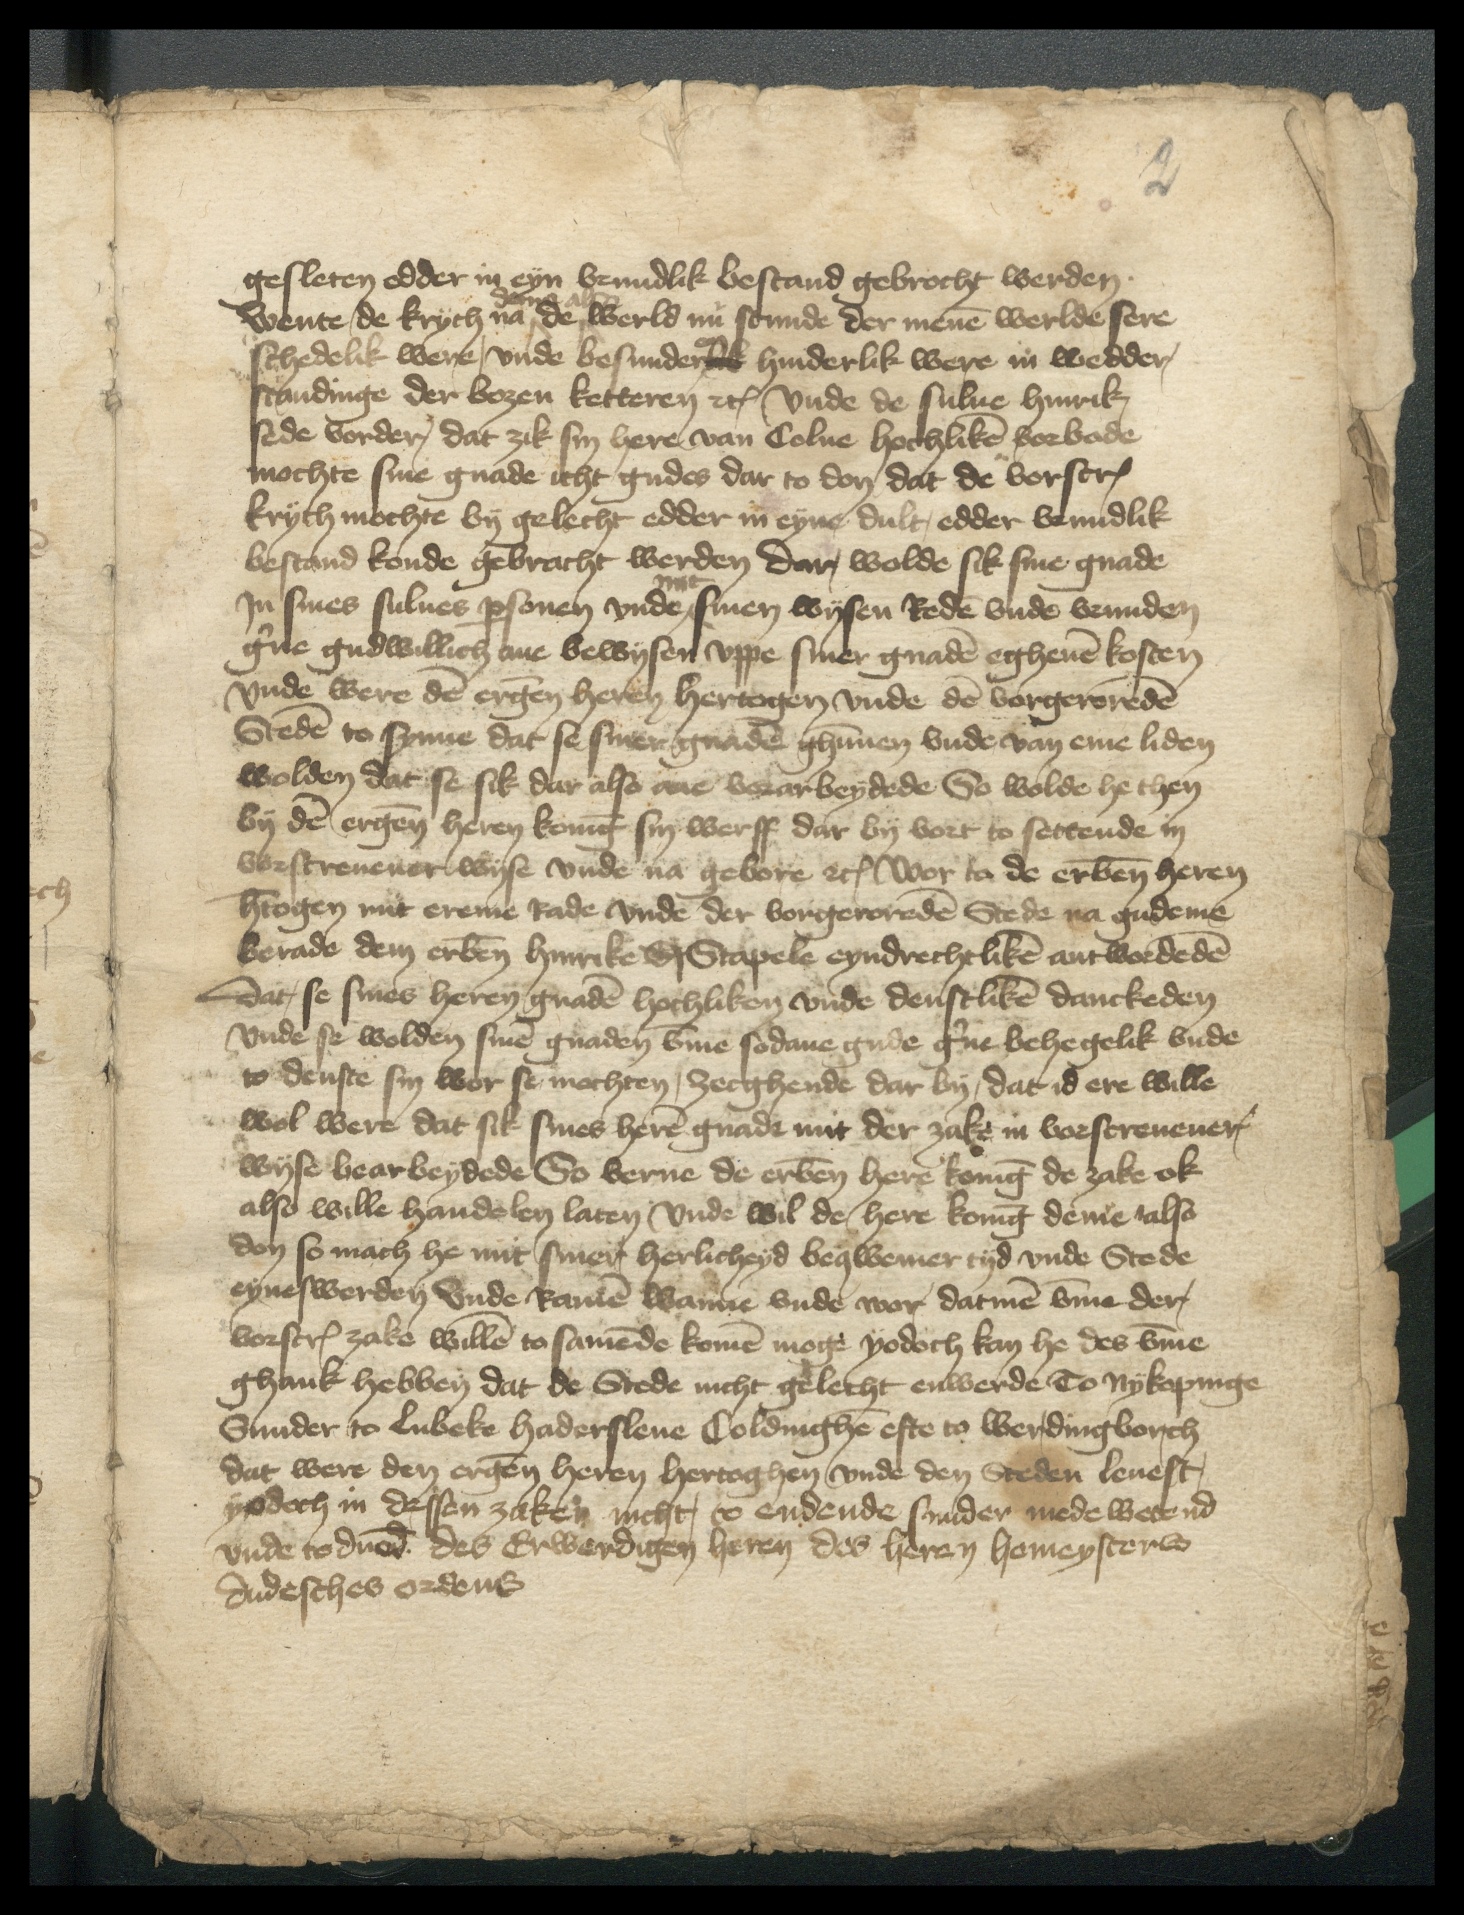
gesleten odder in eyn vrundlik bestand gebrocht werden.
deme also
Wente de krych na ^ de werld nu stunde der menen werlde sere
schedelik were, vnde besunderlik hinderlik were in wedder,
standinge der bozen ketteren etc Vnde de sulue Hinrik
sede vorder, dat zik sin here van Colne hochliken vorbade
mochte sine gnade icht gudes dar to don dat de vorscreuen
krych mochte by gelecht edder in eyne dult, edder bemidlik
bestand konde gebracht werden dar, wolde sik sine gnade
mit
In sines sulues personen vnde ^ sinen wysen Reden vnde vrunden
gerne gudwillich ane bewysen vppe siner gnaden eghenen kosten
Vnde were den ergenomeden heren Hertogen vnde den vorgeroreden
Steden to synne dat se siner gnaden ghunnen vnde van eme liden
wolden dat se sik dar also ane vorarbeydede So wolde he then
by den ergenomeden heren koning sin werff dar by vort to settende in
vorscreuener wyse vnde na gebore etc Wor ia de erbenomede heren
Hertogen mit ereme Rade vnde der vorgeroreden Stede na gudeme
berade dem erbenomeden Hinrike St Stapele eyndrechtliken antwordeden
dat, se sines heren gnaden hochliken vnde denstliken danckeden
vnde se wolden sinen gnaden vmme sodane gude gerne behegelik vnde
to denste sin wor se mochten, Zecghende dar by, dat id ere wille
wol were dat sik sines heren gnade mit der zake in vorscreuener
wyse bearbeydede So verne de erbenomede here koning de zake ok
also wille handelen laten Vnde wil de here koning deme also
don so mach he mit siner herlicheyd beqwemer tyd vnde Stede
eyneswerden Vnde Ramen wanne vnde wor datmen vmme der
vorscreuen zake willen tosamende komen moge yodoch kan he des vmme
ghank hebben dat de Stede nicht gelecht enwerde To Nykopinge
Sunder to Lubeke Hadersleue Coldinghen efte to Werdingborch
dat were den ergenomeden heren hertoghen vnde den Steden leuest,
yodoch in dessen zaken nicht, to endende sunder mede wetend
vnde to duod des Erwerdigen heren des heren homeysters
dudesches ordens